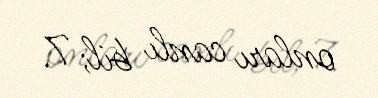
onları canlı bil; 7.